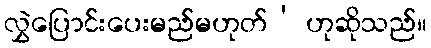
လွှဲပြောင်းပေးမည်မဟုတ်’ ဟုဆိုသည်။